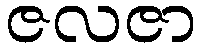
ဇလဇာ